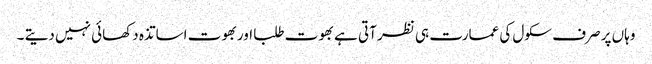
وہاں پر صرف سکول کی عمارت ہی نظر آتی ہے بھوت طلبا اوربھوت اساتذہ دکھائی نہیں دیتے ۔